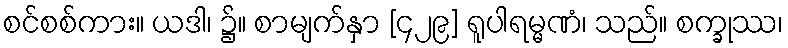
စင်စစ်ကား။ ယဒါ၊ ၌။ စာမျက်နှာ [၄၂၉] ရူပါရမ္မဏံ၊ သည်။ စက္ခုဿ၊